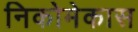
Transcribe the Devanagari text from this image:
निकोमेकास